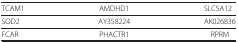
| TCAM1 | AMDHD1 | SLC5A12 |
 | --- | --- | --- |
 | SOD2 | AY358224 | AK026836 |
 | FCAR | PHACTR1 | RPRM |